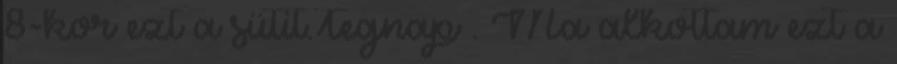
8-kor ezt a sütit.Tegnap . Ma alkottam ezt a